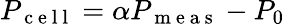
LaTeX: P_{\mathrm{~c~e~l~l~}}=\alpha P_{\mathrm{~m~e~a~s~}}-P_{0}